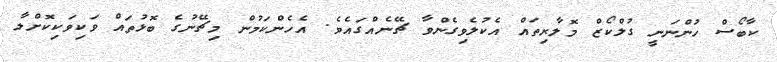
ކާބޯސް ހުންނަނީ ގުލްކޯޒް މޮލާރިތައް އެކުލެވިގެންވާ ޗޭނެއްގައެވެ. އެހެންކަމުން މިޗޭނުގެ ބޮޅުތައް ވަކިވަކިކޮށްލާ